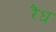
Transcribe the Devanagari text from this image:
रैध